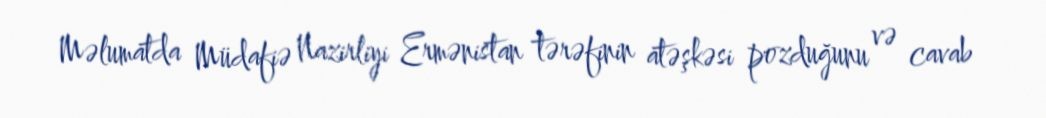
Məlumatda Müdafiə Nazirliyi Ermənistan tərəfinin atəşkəsi pozduğunu və cavab